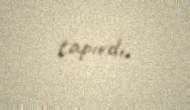
tapırdı.